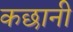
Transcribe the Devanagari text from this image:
कछानी